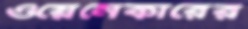
ওয়েনেকারের